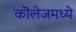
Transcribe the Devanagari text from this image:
कॊलेजमध्ये